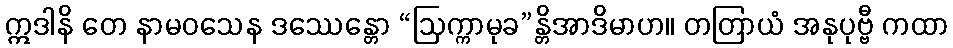
ဣဒါနိ တေ နာမဝသေန ဒဿေန္တော “ဩက္ကာမုခ”န္တိအာဒိမာဟ။ တတြာယံ အနုပုဗ္ဗီ ကထာ